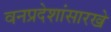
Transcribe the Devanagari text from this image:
वनप्रदेशांसारखे